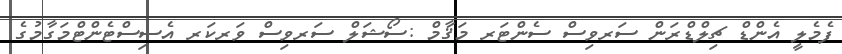
ފެމެލީ އެންްޑް ޗިލްޑްރަން ސަރވިސް ސެންޓަރ މަޤާމް :ސޯޝަލް ސަރވިސް ވަރކަރ އެސިސްޓެންޓްމަގާމުގެ